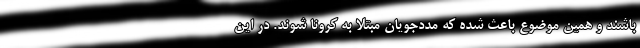
باشند و همین موضوع باعث شده که مددجویان مبتلا به کرونا شوند. در این